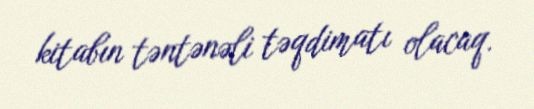
kitabın təntənəli təqdimatı olacaq.